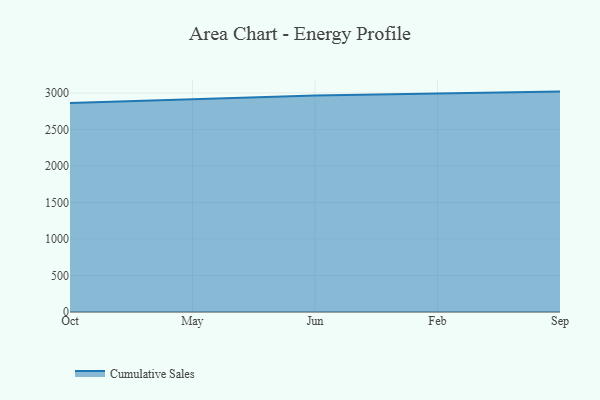
{"axis": {"x": "Month", "y": "Customer Acquisition Cost (USD)"}, "legend": ["Cumulative Sales"], "data": [{"x": "Oct", "y": 2863.9, "type": "Cumulative Sales"}, {"x": "May", "y": 2915.1, "type": "Cumulative Sales"}, {"x": "Jun", "y": 2966.6, "type": "Cumulative Sales"}, {"x": "Feb", "y": 2991.5, "type": "Cumulative Sales"}, {"x": "Sep", "y": 3018.5, "type": "Cumulative Sales"}]}